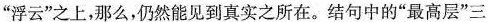
“浮云”之上，那么，仍然能见到真实之所在。结句中的“最高层”三